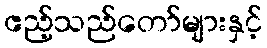
ဧည့်သည်တော်များနှင့်